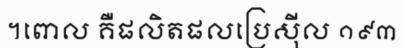
។ពោល គឺផលិតផលប្រេស៊ីល ១៩៣